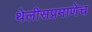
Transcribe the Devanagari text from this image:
थेलीसप्रमाणेच